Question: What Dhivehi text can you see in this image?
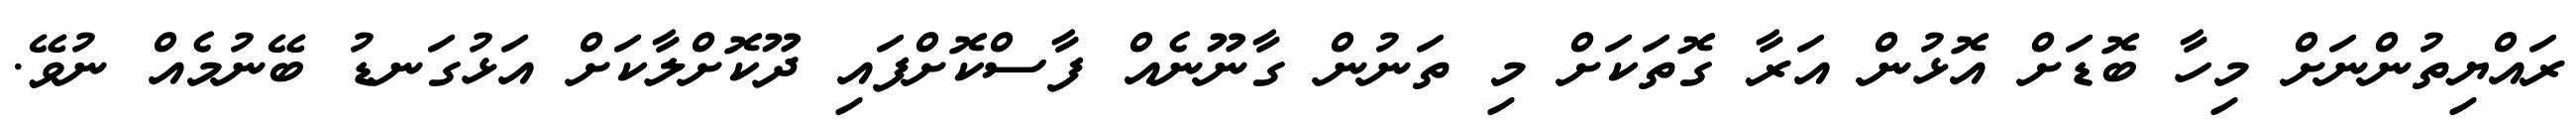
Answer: ރައްޔިތުންނަށް މިހާ ބޮޑަށް އޮޅުން އަރާ ގޮތަކަށް މި ތަނުން ގާނޫނެއް ފާސްކޮށްފައި ދޫކޮށްލާކަށް އަޅުގަނޑު ބޭނުމެއް ނުވޭ.